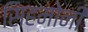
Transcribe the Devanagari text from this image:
सिहमोनी